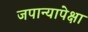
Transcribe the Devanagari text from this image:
जपान्यापेक्षा